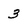
Character: 3